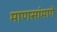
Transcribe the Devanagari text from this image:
माणसांमागे